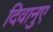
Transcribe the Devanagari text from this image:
दिवानुए